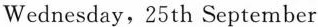
Wednesday，25th September